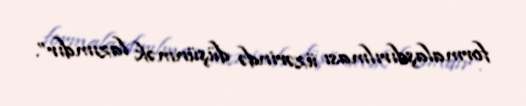
formalaşdırılması üzərində düşünmək lazımdır”.